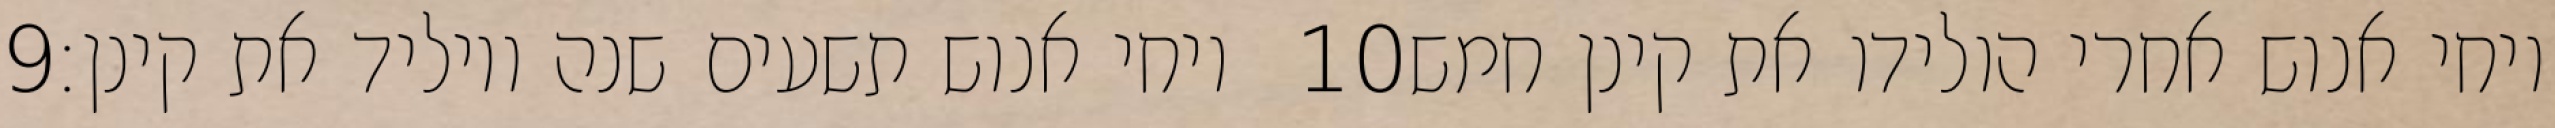
‎9‏ ויחי אנוש תשעים שנה ויוליד את קינן׃ ‎10‏ ויחי אנוש אחרי הולידו את קינן חמש